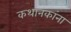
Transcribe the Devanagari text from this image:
कथानकांना